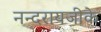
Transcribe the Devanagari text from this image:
नन्दरायजीके